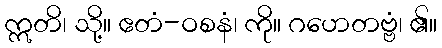
ဣတိ၊ သို့။ ဧတံ-ဝစနံ၊ ကို။ ဂဟေတဗ္ဗံ၊ ၏။